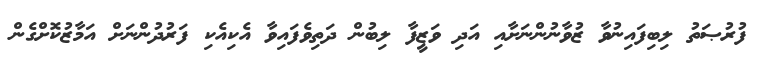
ފުރުޞަތު ލިބިފައިނުވާ ޒުވާނުންނަށާއި އަދި ވަޒީފާ ލިބުން ދަތިވެފައިވާ އެކިއެކި ފަރުދުންނަށް އަމާޒުކޮށްގެން